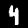
Label: 4